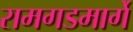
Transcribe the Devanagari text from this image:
रामगडमार्गे